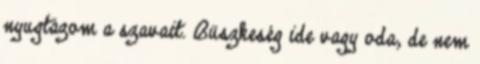
nyugtázom a szavait. Büszkeség ide vagy oda, de nem